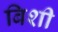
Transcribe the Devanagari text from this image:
बिशी